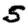
Digit: 5